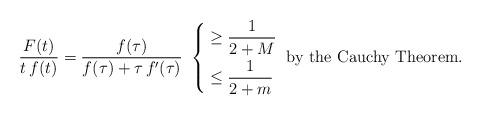
LaTeX: \begin{align*}\frac{F(t)}{t\,f(t)}=\frac{f(\tau)}{f(\tau)+\tau\,f'(\tau)}\ \left\lbrace\begin{aligned}& \geq\frac{1}{2+M} \\& \leq\frac{1}{2+m}\end{aligned}\right.\hbox{ by the Cauchy Theorem.}\end{align*}